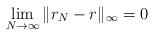
LaTeX: \begin{align*}\lim_{N\to\infty} \|r_N-r\|_\infty = 0\end{align*}